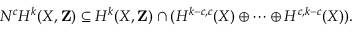
N ^ { c } H ^ { k } ( X , \mathbf { Z } ) \subseteq H ^ { k } ( X , \mathbf { Z } ) \cap ( H ^ { k - c , c } ( X ) \oplus \cdots \oplus H ^ { c , k - c } ( X ) ) .